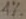
Text: 1%